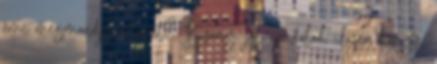
ami megmondja a tutit? Bizony, jól gondolod, ilyen könyv,